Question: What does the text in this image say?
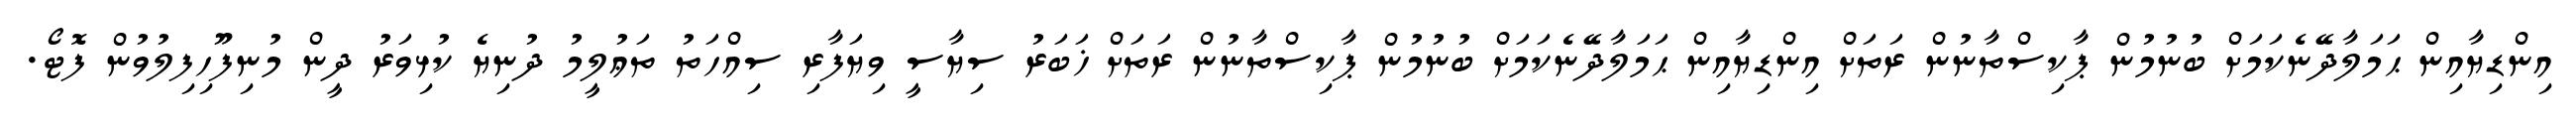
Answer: އިންޑިޔާއިން ޙަމަލާދޭނެކަމަށް ބުނުމުން ޕާކިސްތާނުން ރަތަށް އިންޑިޔާއިން ޙަމަލާދޭނެކަމަށް ބުނުމުން ޕާކިސްތާނުން ރަތަށް ޚަބަރު ސިޔާސީ ވިޔަފާރި ސިއްހަތު ތަޢުލީމު ދުނިޔެ ކުޅިވަރު ދީން މުނިފޫހިފިލުވުން ފޮޓޯ.